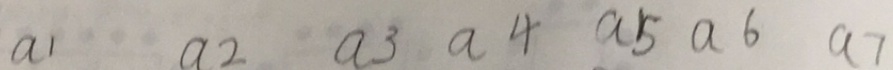
a 1 a 2 a 3 a 4 a 5 a 6 a 7